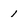
Character: 1